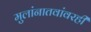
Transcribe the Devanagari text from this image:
मुलांनातवांवरही